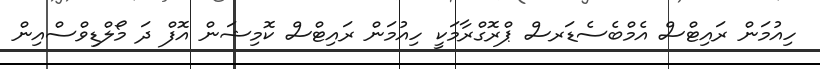
ހިއުމަން ރައިޓްސް އެމްބެސެޑަރސް ޕްރޮގްރާމަކީ ހިއުމަން ރައިޓްސް ކޮމިޝަން އޮފް ދަ މޯލްޑިވްސްއިން